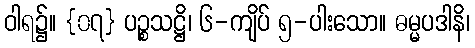
ဝါရ၌။ {၀၇} ပဉ္စသဋ္ဌိ၊ ၆-ကျိပ် ၅-ပါးသော။ ဓမ္မပဒါနိ၊